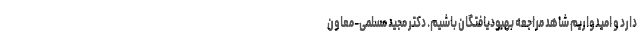
دارد و امیدواریم شاهد مراجعه بهبودیافتگان باشیم. دکتر مجید مسلمی-معاون